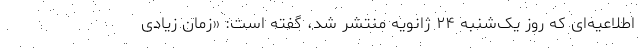
اطلاعیه‌ای که روز یک‌شنبه ۲۴ ژانویه منتشر شد، گفته است: «زمان زیادی